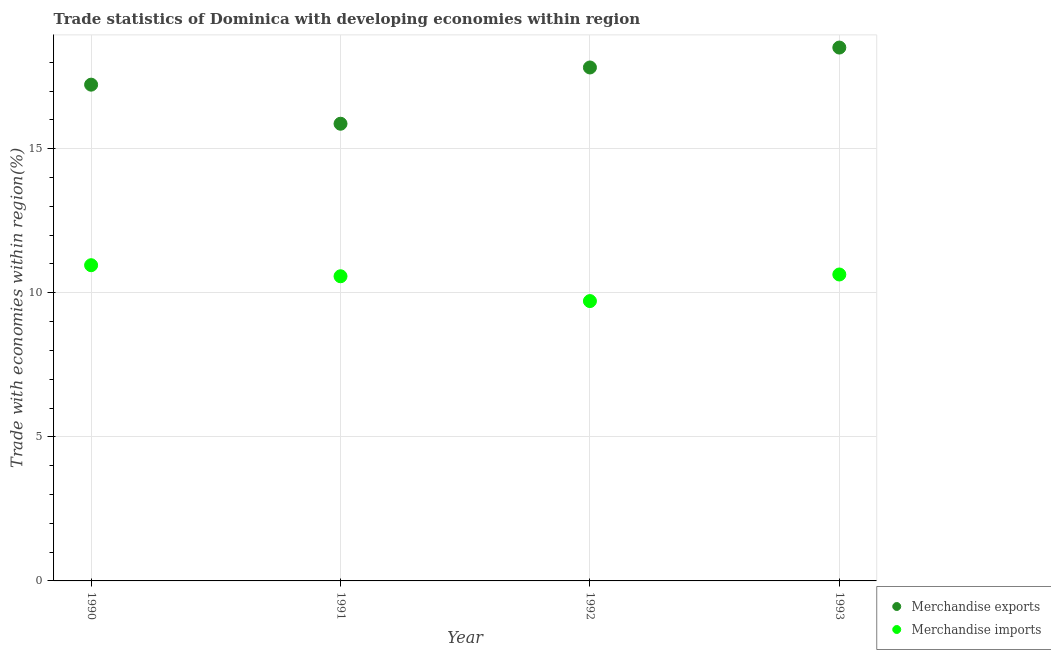
| Year | Merchandise exports | Merchandise imports |
 | --- | --- | --- |
 | 1990 | 17.2 | 11 |
 | 1991 | 15.9 | 10.6 |
 | 1992 | 17.8 | 9.71 |
 | 1993 | 18.5 | 10.6 |